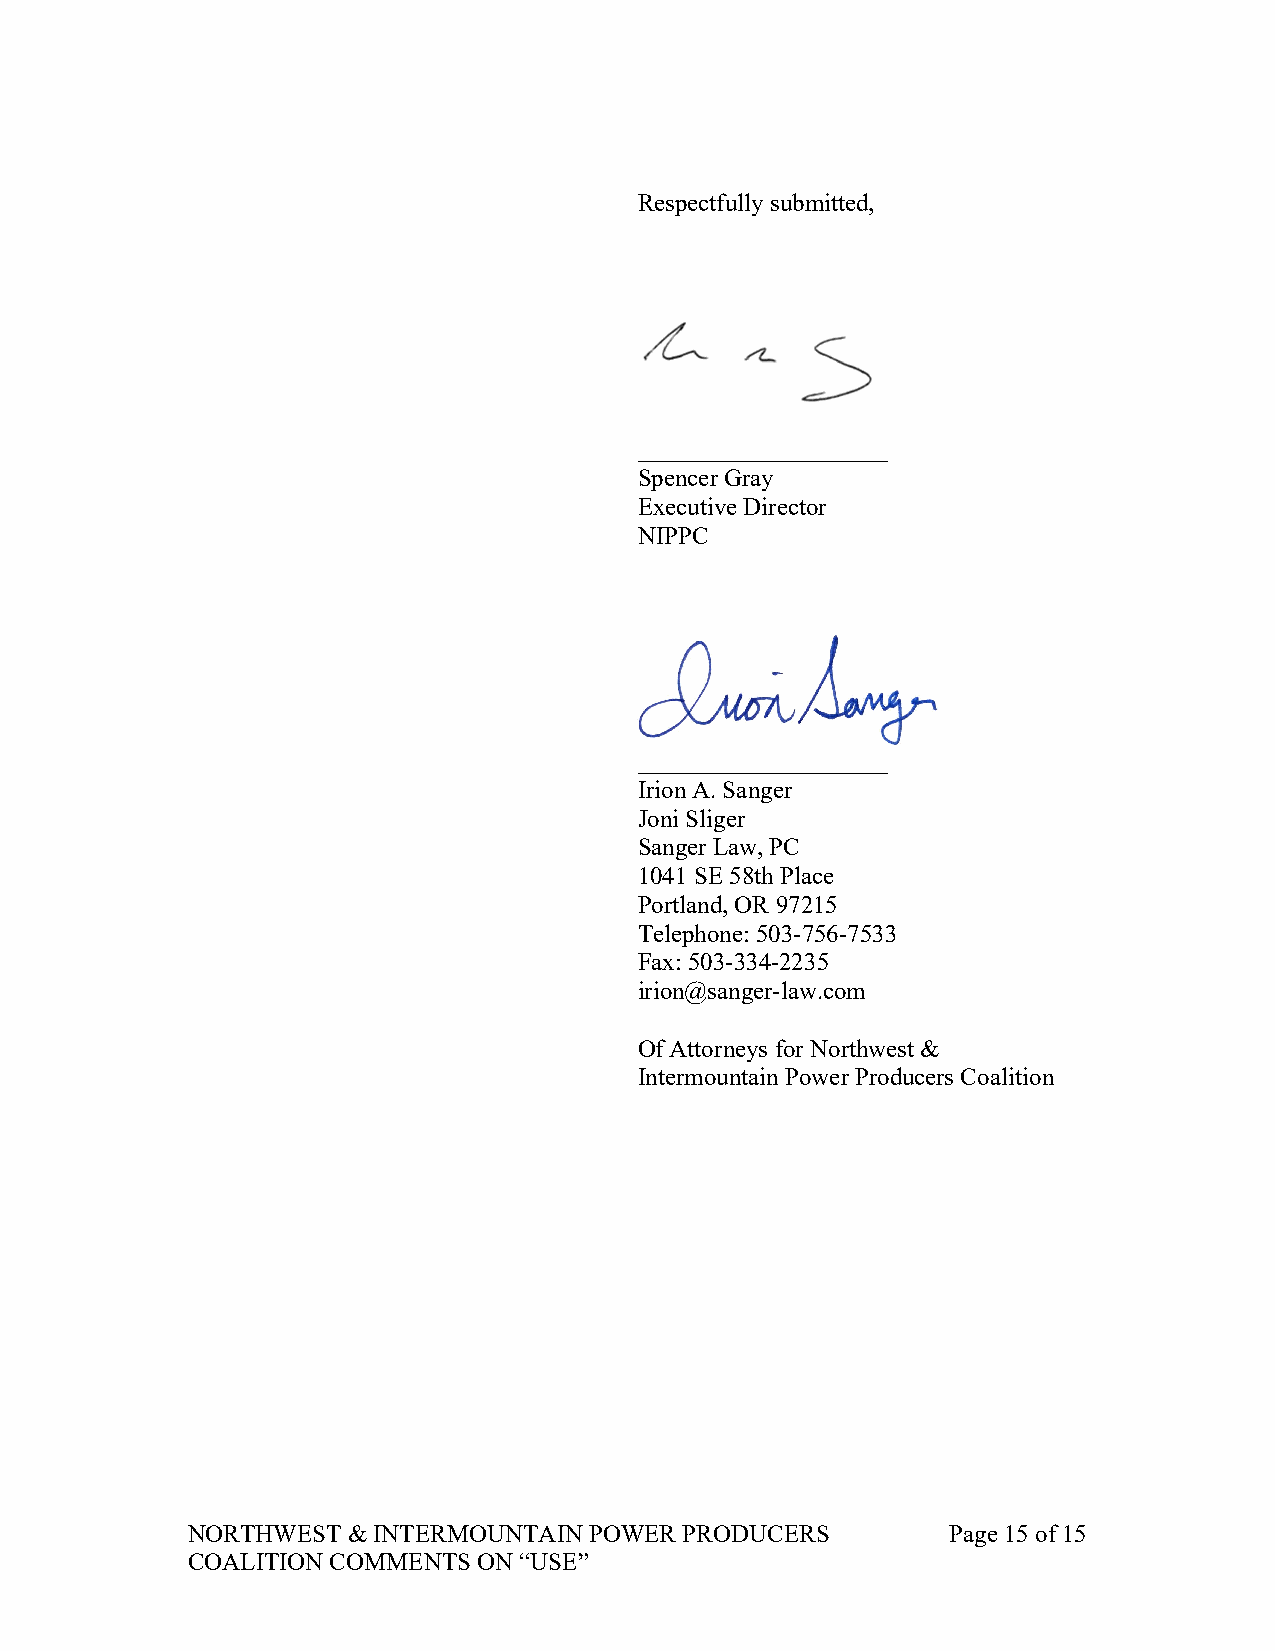
Respectfully submitted,
 ____________________
 Spencer Gray
 Executive Director
 NIPPC
 ____________________
 Irion A. Sanger
 Joni Sliger
 Sanger Law, PC
 1041 SE 58th Place
 Portland, OR 97215
 Telephone: 503-756-7533
 Fax: 503-334-2235
 irion@sanger-law.com
 Of Attorneys for Northwest &
 Intermountain Power Producers Coalition
 NORTHWEST  & INTERMOUNTAIN POWER PRODUCERS         Page 15 of 15
 COALITION COMMENTS  ON “USE”